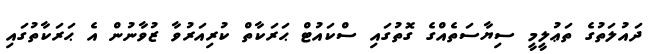
ދައުލަތުގެ ތަޢުލީމީ ސިޔާސަތެއްގެ ގޮތުގައި ސްކައުޓް ޙަރަކާތް ކުރިއަރުވާ ޒުވާނުން އެ ޙަރަކާތުގައި